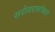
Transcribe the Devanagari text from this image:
सरोवरासोबत